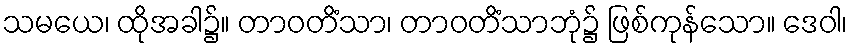
သမယေ၊ ထိုအခါ၌။ တာဝတိံသာ၊ တာဝတိံသာဘုံ၌ ဖြစ်ကုန်သော။ ဒေဝါ၊